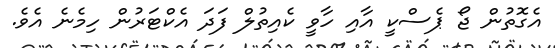
އެގޮތުން ޖޯ ޕެސްކީ އާއި ހާވީ ކެއިތުލް ފަދަ އެކްޓަރުން ހިމެނެ އެވެ.